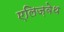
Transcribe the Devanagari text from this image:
एलिज़वेथ